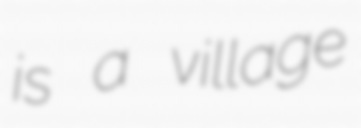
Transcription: is a village